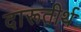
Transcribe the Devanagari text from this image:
दारूतीर्थ